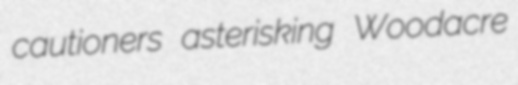
cautioners asterisking Woodacre